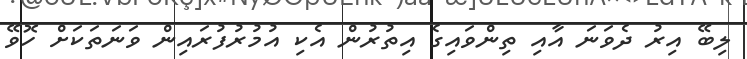
ލިބޭ އިރު ދެވަނަ އާއި ތިންވައިގެ އިތުރުން އެކި އުމުރުފުރައިން ވަނަތަކަށް ހޮވޭ